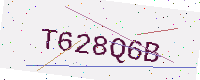
Text: T628Q6B